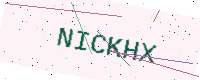
Text: NICKHX